Indian journal of veterinary science and animal husbandry - Volumes 18-21, 1948-1951
Year: 1948
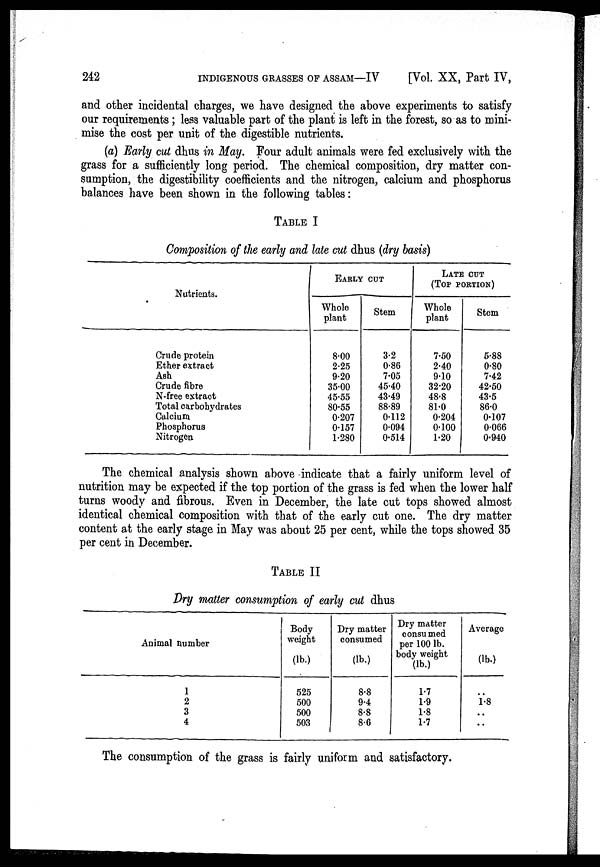
242 INDIGENOUS GRASSES OF ASSAM—IV [Vol. XX, Part IV,
and other incidental charges, we have designed the above experiments to satisfy
our requirements ; less valuable part of the plant is left in the forest, so as to mini-
mise the cost per unit of the digestible nutrients.
(a) Early cut dhus in May. Four adult animals were fed exclusively with the
grass for a sufficiently long period. The chemical composition, dry matter con-
sumption, the digestibility coefficients and the nitrogen, calcium and phosphorus
balances have been shown in the following tables :
TABLE I
Composition of the early and late cut dhus (dry basis)
Nutrients.
Crude protein
Ether extract
Ash
Crude fibre
N-free extract
Total carbohydrates
Calcium
Phosphorus
Nitrogen
EARLY CUT
Whole
plant
8.00
2.25
9.20
35.00
45.55
80.55
0.207
0.157
1.280
Stem
3.2
0.86
7.05
45.40
43.49
88.89
0.112
0.094
0.514
LATE CUT
(TOP PORTION)
Whole
plant
7.50
2.40
9.10
32.20
48.8
81.0
0.204
0.100
1.20
Stem
5.88
0.80
7.42
42.50
43.5
86.0
0.107
0.066
0.940
The chemical analysis shown above indicate that a fairly uniform level of
nutrition may be expected if the top portion of the grass is fed when the lower half
turns woody and fibrous. Even in December, the late cut tops showed almost
identical chemical composition with that of the early cut one. The dry matter
content at the early stage in May was about 25 per cent, while the tops showed 35
per cent in December.
TABLE II
Dry matter consumption of early cut dhus
Animal number
1
2
3
4
Body
weight
(lb.)
525
500
500
503
Dry matter
consumed
(lb.)
8.8
9.4
8.8
8.6
Dry matter
consumed
per 100 lb.
body weight
(lb.)
1.7
1.9
1.8
1.7
Average
(lb.)
..
1.8
..
..
The consumption of the grass is fairly uniform and satisfactory.